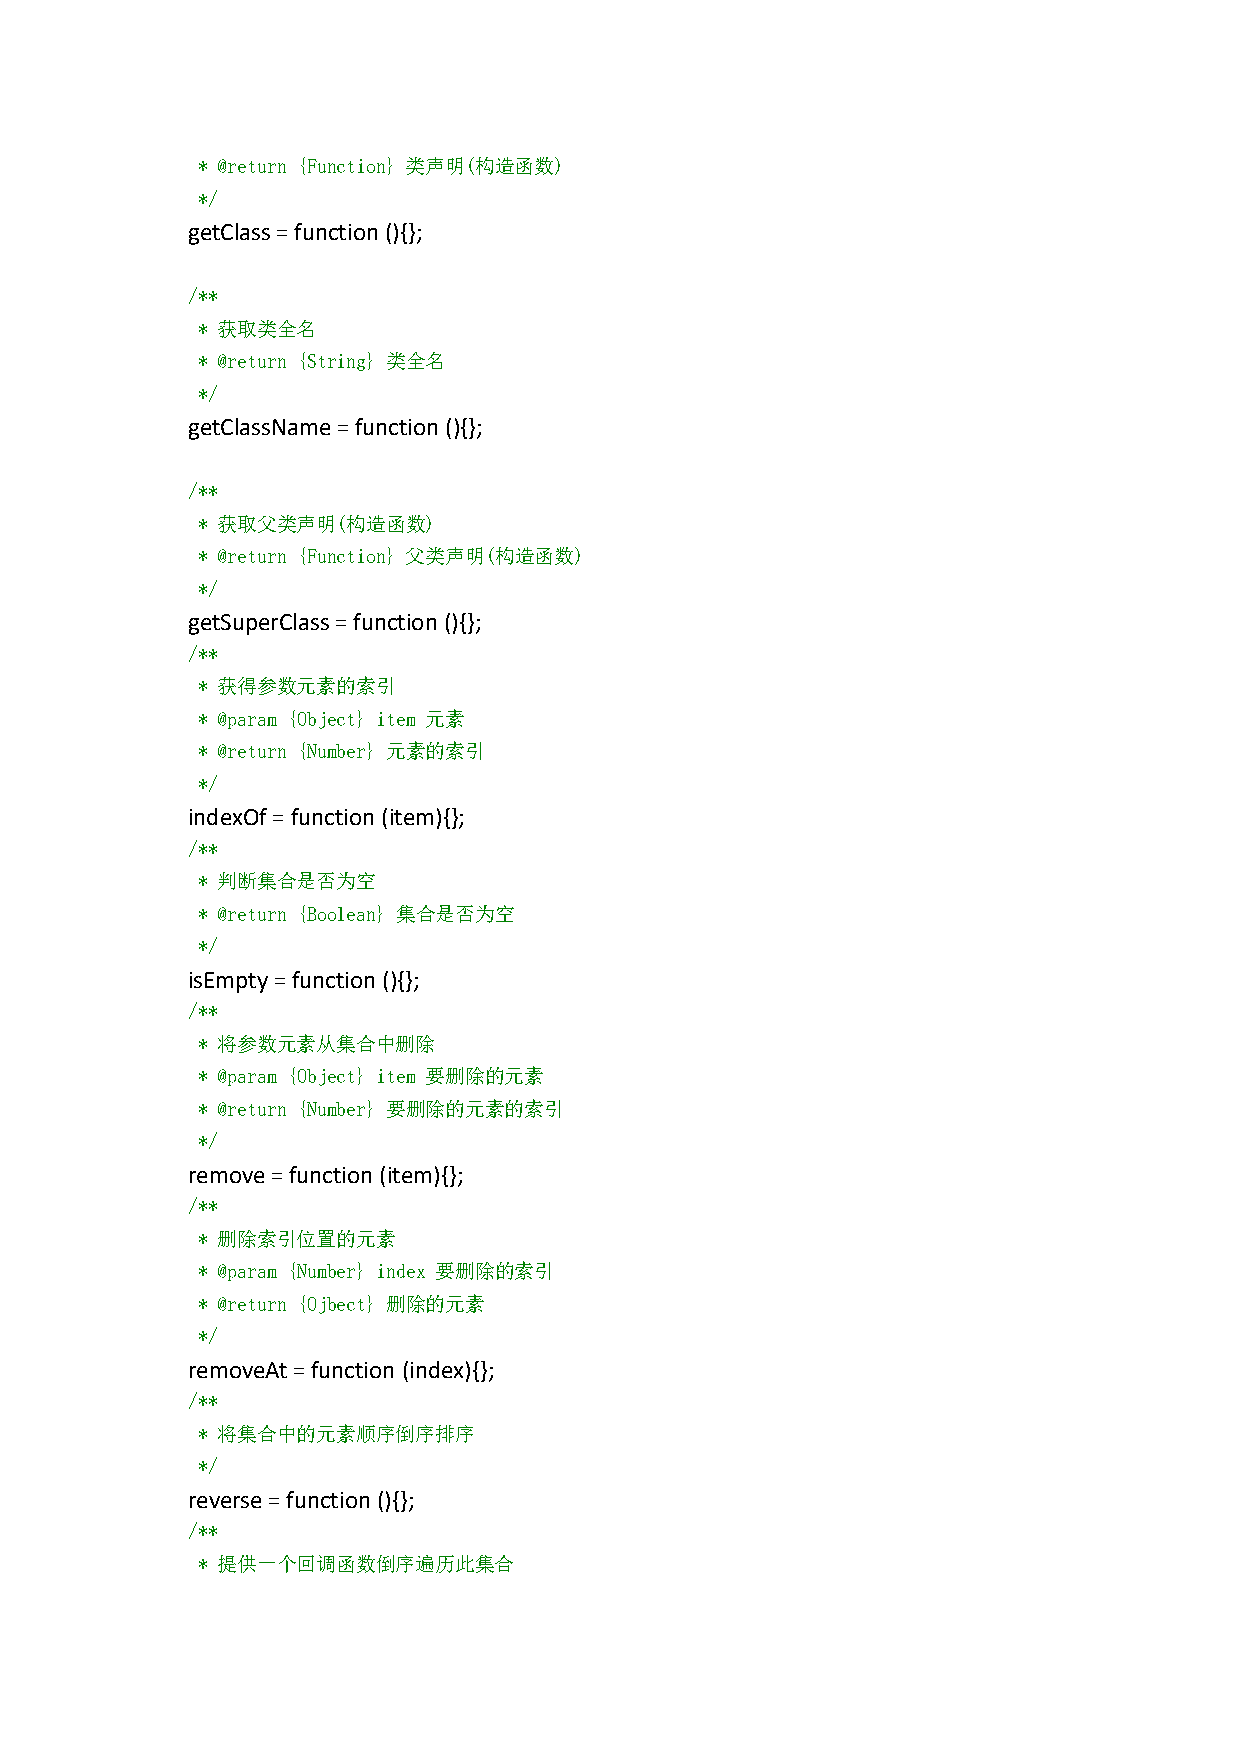
* @return {Function} 类声明(构造函数)
 */
 getClass=function(){};
 /**
 * 获取类全名
 * @return {String} 类全名
 */
 getClassName=function(){};
 /**
 * 获取父类声明(构造函数)
 * @return {Function} 父类声明(构造函数)
 */
 getSuperClass=function(){};
 /**
 * 获得参数元素的索引
 * @param {Object} item 元素
 * @return {Number} 元素的索引
 */
 indexOf=function(item){};
 /**
 * 判断集合是否为空
 * @return {Boolean} 集合是否为空
 */
 isEmpty=function(){};
 /**
 * 将参数元素从集合中删除
 * @param {Object} item 要删除的元素
 * @return {Number} 要删除的元素的索引
 */
 remove=function(item){};
 /**
 * 删除索引位置的元素
 * @param {Number} index 要删除的索引
 * @return {Ojbect} 删除的元素
 */
 removeAt=function (index){};
 /**
 * 将集合中的元素顺序倒序排序
 */
 reverse=function(){};
 /**
 * 提供一个回调函数倒序遍历此集合